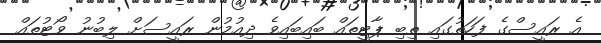
އެ ރައީސްގެ ފަހަތުގައި ތިބި ޕާޓީތައް ބައިބައިވެ ދިއުމުން ރައީސަށް ލިބުނު ވޯޓުތައް